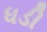
ધડી